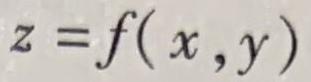
\[z = f(x,y)\]